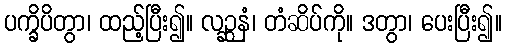
ပက္ခိပိတွာ၊ ထည့်ပြီး၍။ လဉ္ဆနံ၊ တံဆိပ်ကို။ ဒတွာ၊ ပေးပြီး၍။